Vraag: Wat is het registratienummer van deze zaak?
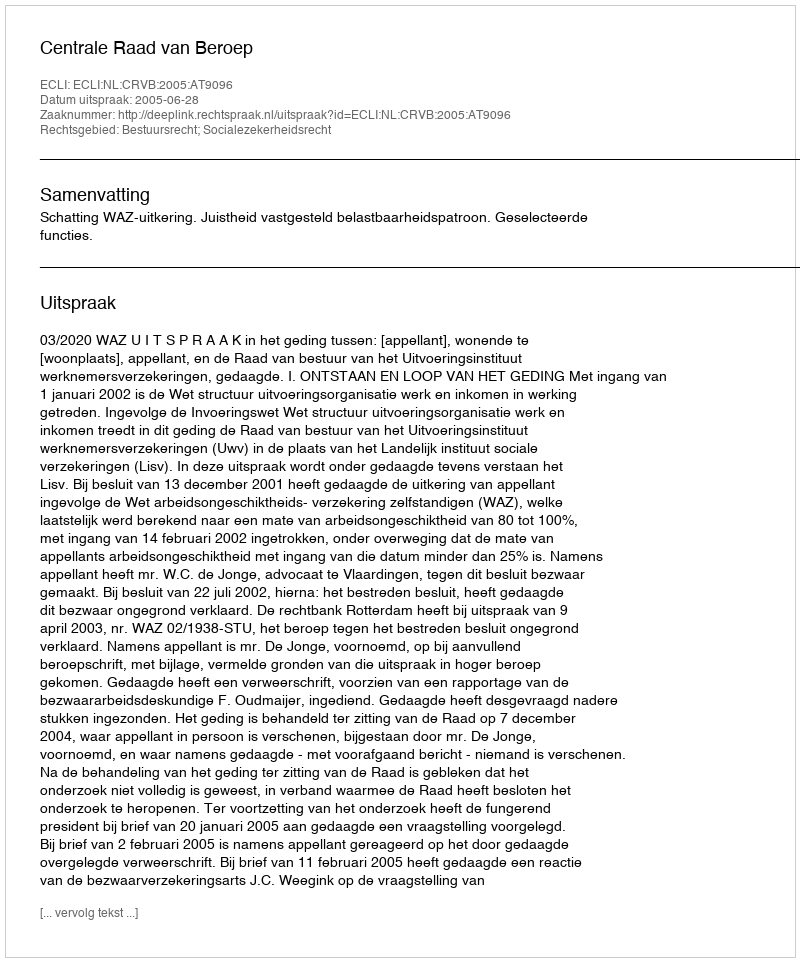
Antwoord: http://deeplink.rechtspraak.nl/uitspraak?id=ECLI:NL:CRVB:2005:AT9096